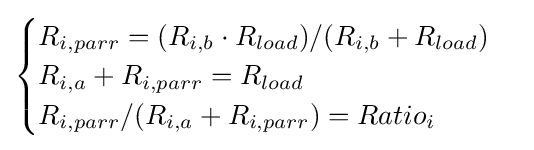
{\begin{cases}R_{i,parr}=(R_{i,b}\cdot R_{load})/(R_{i,b}+R_{load})\\R_{i,a}+R_{i,parr}=R_{load}\\R_{i,parr}/(R_{i,a}+R_{i,parr})=Ratio_{i}\end{cases}}